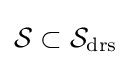
{\mathcal {S}}\subset {\mathcal {S}}_{\text{drs}}